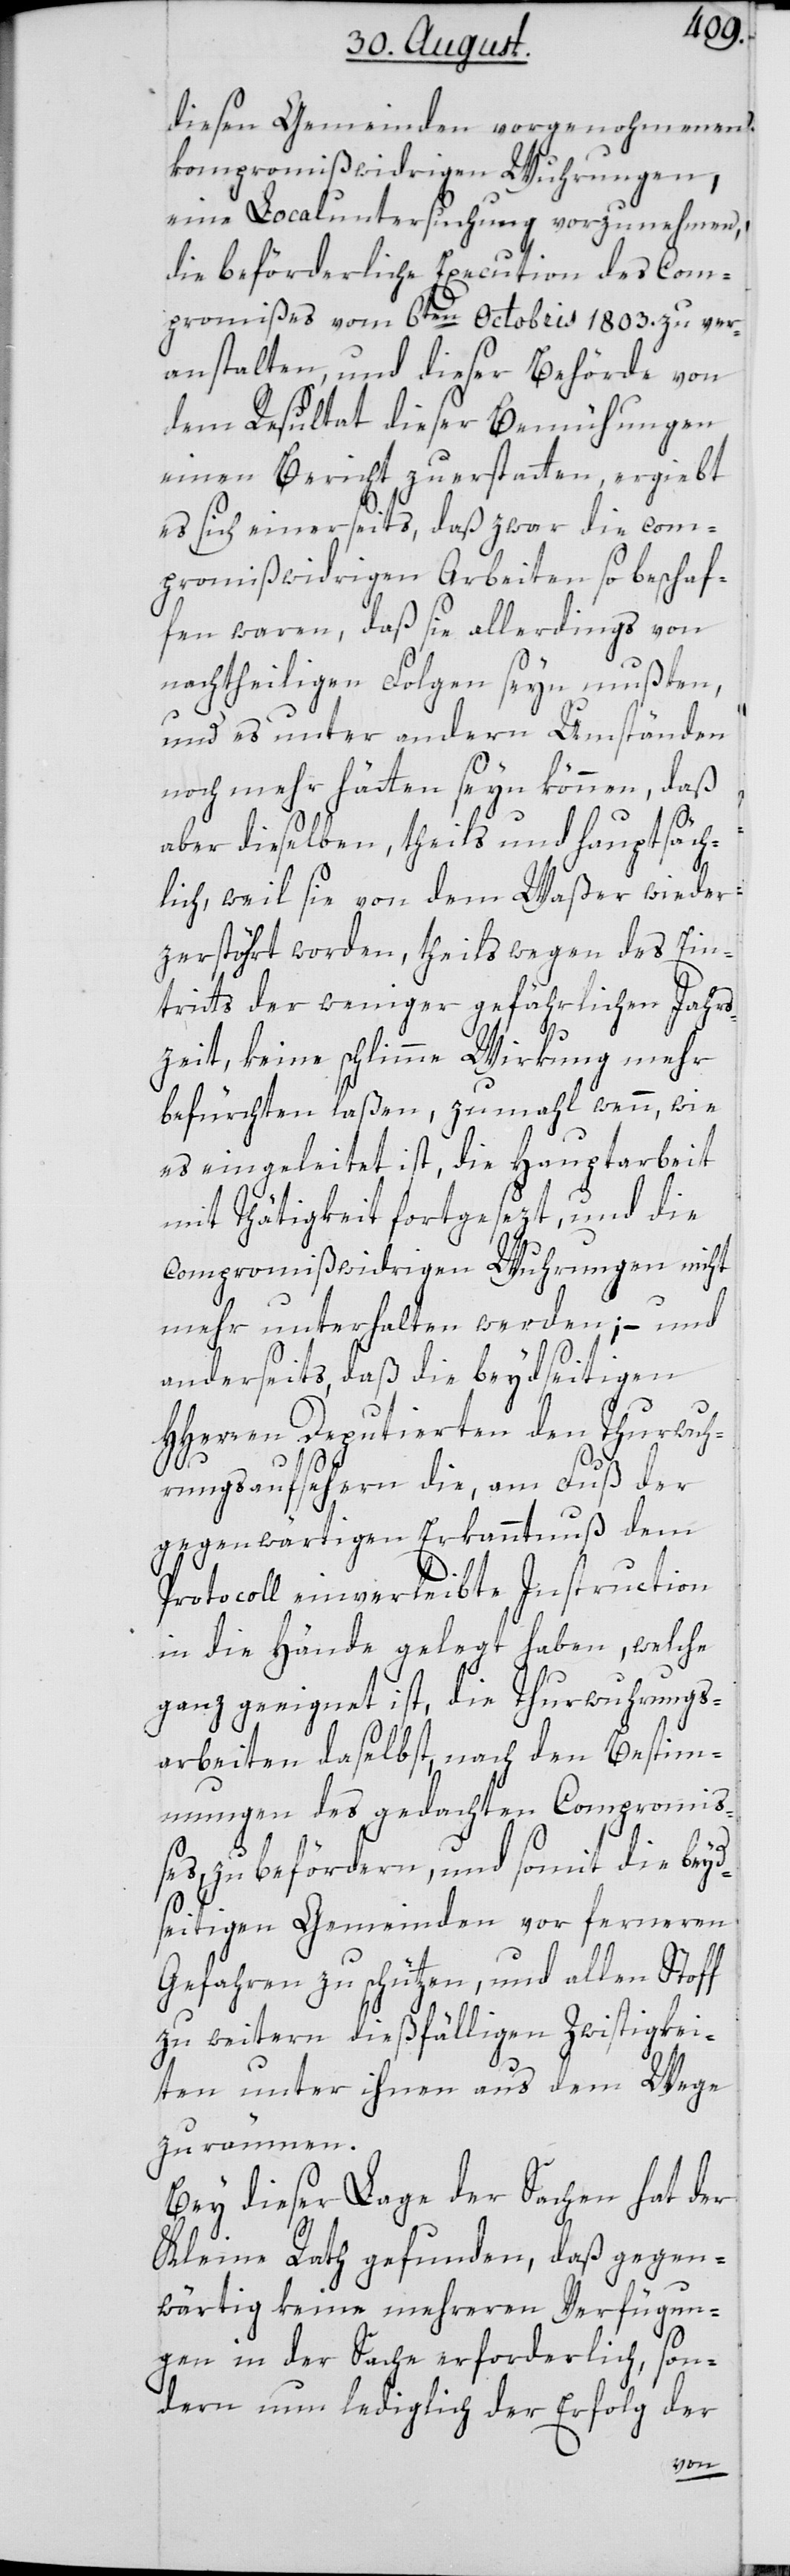
diesen Gemeinden vorgenohmenen
kompromißwidrigen Wuhrungen,
eine Localuntersuchung vorzunehmen,
die beförderliche Execution des Com¬
promißes vom 6ten Octobris 1803. zu ver¬
anstalten, und dieser Behörde von
dem Resultat dieser Bemühungen
einen Bericht zu erstatten, ergiebt
es sich einerseits, daß zwar die com¬
promißwidrigen Arbeiten so beschaf¬
fen waren, daß sie allerdings von
nachtheiligen Folgen seyn mußten,
und es unter andern Umständen
noch mehr hätten seyn können, daß
aber dieselben, theils und hauptsäch¬
lich, weil sie von dem Waßer wieder
zerstöhrt worden, theils wegen des Ein¬
tritts der weniger gefährlichen Jahrs¬
zeit, keine schlimme Wirkung mehr
befürchten laßen, zumahl wenn, wie
es eingeleitet ist, die Hauptarbeit
mit Thätigkeit fortgesezt, und die
compromißwidrigen Wuhrungen nicht
mehr unterhalten werden; – und
H¬
anderseits, daß die beydseitigen
Herren Deputierten den Thurwuh¬
rungsaufsehern die, am Fuß der
gegenwärtigen Erkanntnuß dem
Protocoll einverleibte Instruction
in die Hände gelegt haben, welche
ganz geeignet ist, die Thurwuhrungs¬
arbeiten daselbst nach den Bestim¬
mungen des gedachten Compromiß¬
es, zu befördern, und somit die beyd¬
seitigen Gemeinden von ferneren
Gefahren zu schützen, und allen Stoff
zu weitern dießfälligen Zwistigkei¬
ten unter ihnen aus dem Wege
zu räumen.
Bey dieser Lage der Sachen hat der
Kleine Rath gefunden, daß gegen¬
wärtig keine mehreren Verfügun¬
gen in der Sache erforderlich, son¬
dern nun lediglich der Erfolg der